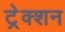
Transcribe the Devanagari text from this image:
ट्रेक्शन